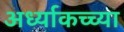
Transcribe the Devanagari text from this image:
अर्ध्याकच्च्या